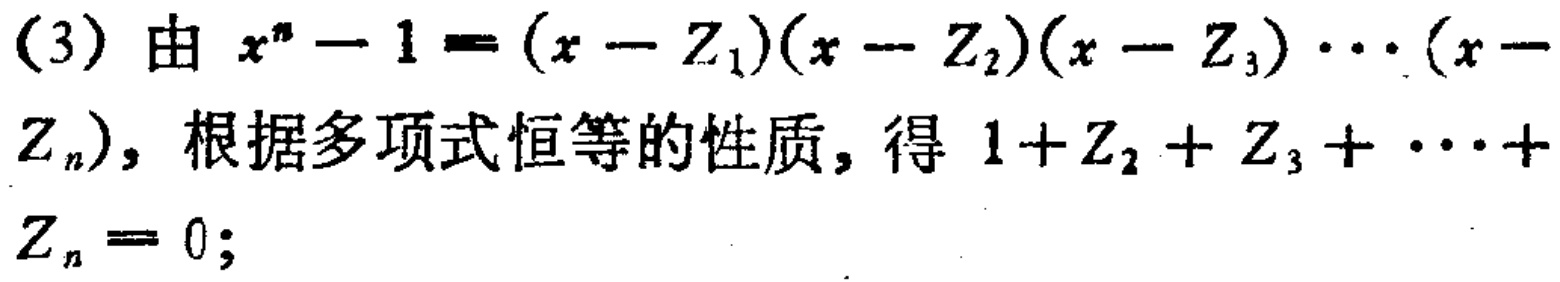
(3) 由 \(x^{n}-1=(x - Z_{1})(x - Z_{2})(x - Z_{3})\cdots(x - Z_{n})\)，根据多项式恒等的性质，得 \(1 + Z_{2}+Z_{3}+\cdots+Z_{n}=0\);